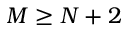
M \geq N + 2